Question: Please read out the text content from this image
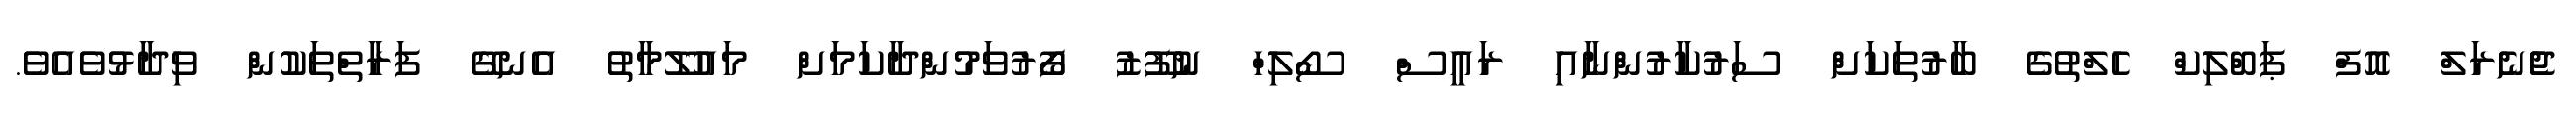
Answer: ޖެެނެރަލް އޮފް ޕަބްލިކް ހެލްތުގެ ބާރުތަކަށް ސަރުކާރުންނާއި ރައީސް ސޯލިހް ނުފޫޒު ފޯރުވަމުންދާކަމަށް މައުލޫމާތު އެނގޭ ފަރާތްތަކުން ވިދާޅުވެއެވެ.